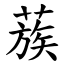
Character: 蔟